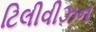
ટિલીવીઝન